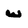
Character: w